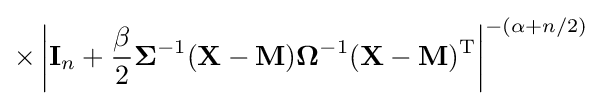
\times \left|\mathbf {I} _{n}+{\frac {\beta }{2}}{\boldsymbol {\Sigma }}^{-1}(\mathbf {X} -\mathbf {M} ){\boldsymbol {\Omega }}^{-1}(\mathbf {X} -\mathbf {M} )^{\rm {T}}\right|^{-(\alpha +n/2)}